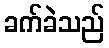
ခက်ခဲသည်